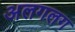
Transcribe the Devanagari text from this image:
अलगलग